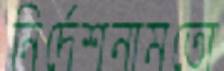
নির্দেশনামতো